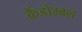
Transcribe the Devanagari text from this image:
कैंडोम्बल